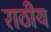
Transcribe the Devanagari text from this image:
राठीय